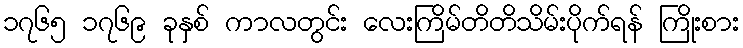
၁၇၆၅ ၁၇၆၉ ခုနှစ် ကာလတွင်း လေးကြိမ်တိတိသိမ်းပိုက်ရန် ကြိုးစား